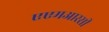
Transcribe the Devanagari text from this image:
एएमआरसी